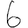
Digit: 6